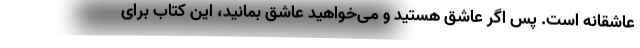
عاشقانه است. پس اگر عاشق هستید و می‌خواهید عاشق بمانید، این کتاب برای